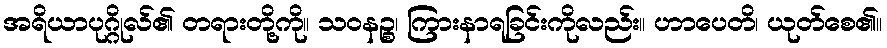
အရိယာပုဂ္ဂိုလ်၏ တရားတို့ကို။ သဝနဉ္စ၊ ကြားနာရခြင်းကိုလည်း။ ဟာပေတိ၊ ယုတ်စေ၏။